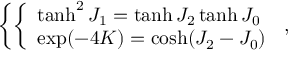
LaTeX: \left\{ \left\{ \begin{array} { l l } { { \operatorname { t a n h } ^ { 2 } J _ { 1 } = \operatorname { t a n h } J _ { 2 } \operatorname { t a n h } J _ { 0 } } } \\ { { \exp ( - 4 K ) = \cosh ( J _ { 2 } - J _ { 0 } ) } } \end{array} \right. \right. ,